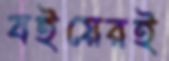
বইয়েরই